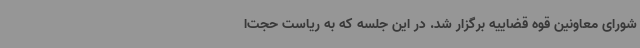
شورای معاونین قوه قضاییه برگزار شد. در این جلسه که به ریاست حجت‌ا